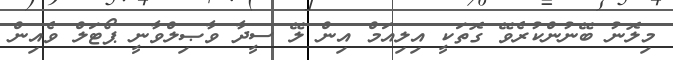
މިލޮނު ބޭނުންކުރެވޭ ގޮތަކީ އިލިއަމް އިން ލޭ ސީދާ ވާޞިލްވާނީ ޕޯޓަލް ވެއިން